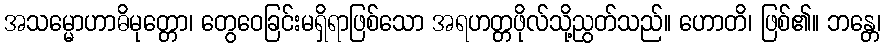
အသမ္မောဟာဓိမုတ္တော၊ တွေဝေခြင်းမရှိရာဖြစ်သော အရဟတ္တဖိုလ်သို့ညွတ်သည်။ ဟောတိ၊ ဖြစ်၏။ ဘန္တေ၊